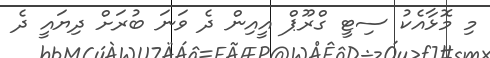
މި މޮޅާއެކު ސިޓީ ގްރޫޕް އީއިން ދެ ވަނަ ބުރަށް ދިޔައީ ދެ